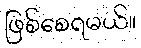
ဖြစ်စေရမယ်။